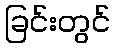
ခြင်းတွင်